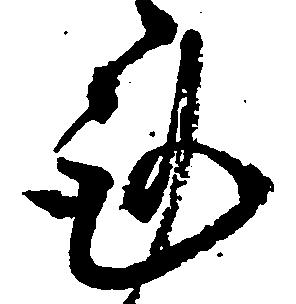
謹